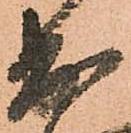
出